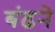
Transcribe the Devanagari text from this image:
बंढने